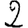
Digit: 2